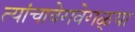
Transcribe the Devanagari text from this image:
त्यांचावेगवेगळ्या